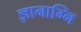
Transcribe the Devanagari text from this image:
ज्ञानाग्नि